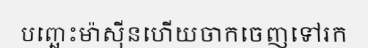
បញ្ឆេះម៉ាស៊ីនហើយចាកចេញទៅរក